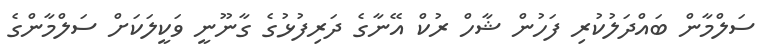
ސަލްމާން ބައްދަލުކުރި ފަހުން ޝާހް ރުކް އޭނާގެ ދަރިފުޅުގެ ގާނޫނީ ވަކީލަކަށް ސަލްމާންގެ